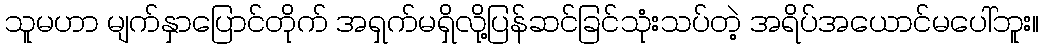
သူမဟာ မျက်နှာပြောင်တိုက် အရှက်မရှိလို့ပြန်ဆင်ခြင်သုံးသပ်တဲ့ အရိပ်အယောင်မပေါ်ဘူး။